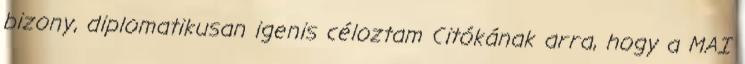
bizony, diplomatikusan igenis céloztam Citókának arra, hogy a MAI